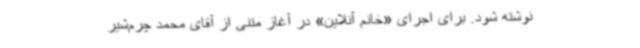
نوشته شود. برای اجرای «خانم آنلاین» در آغاز متنی از آقای محمد چرم‌شیر